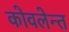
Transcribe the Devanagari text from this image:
कोवलेन्त